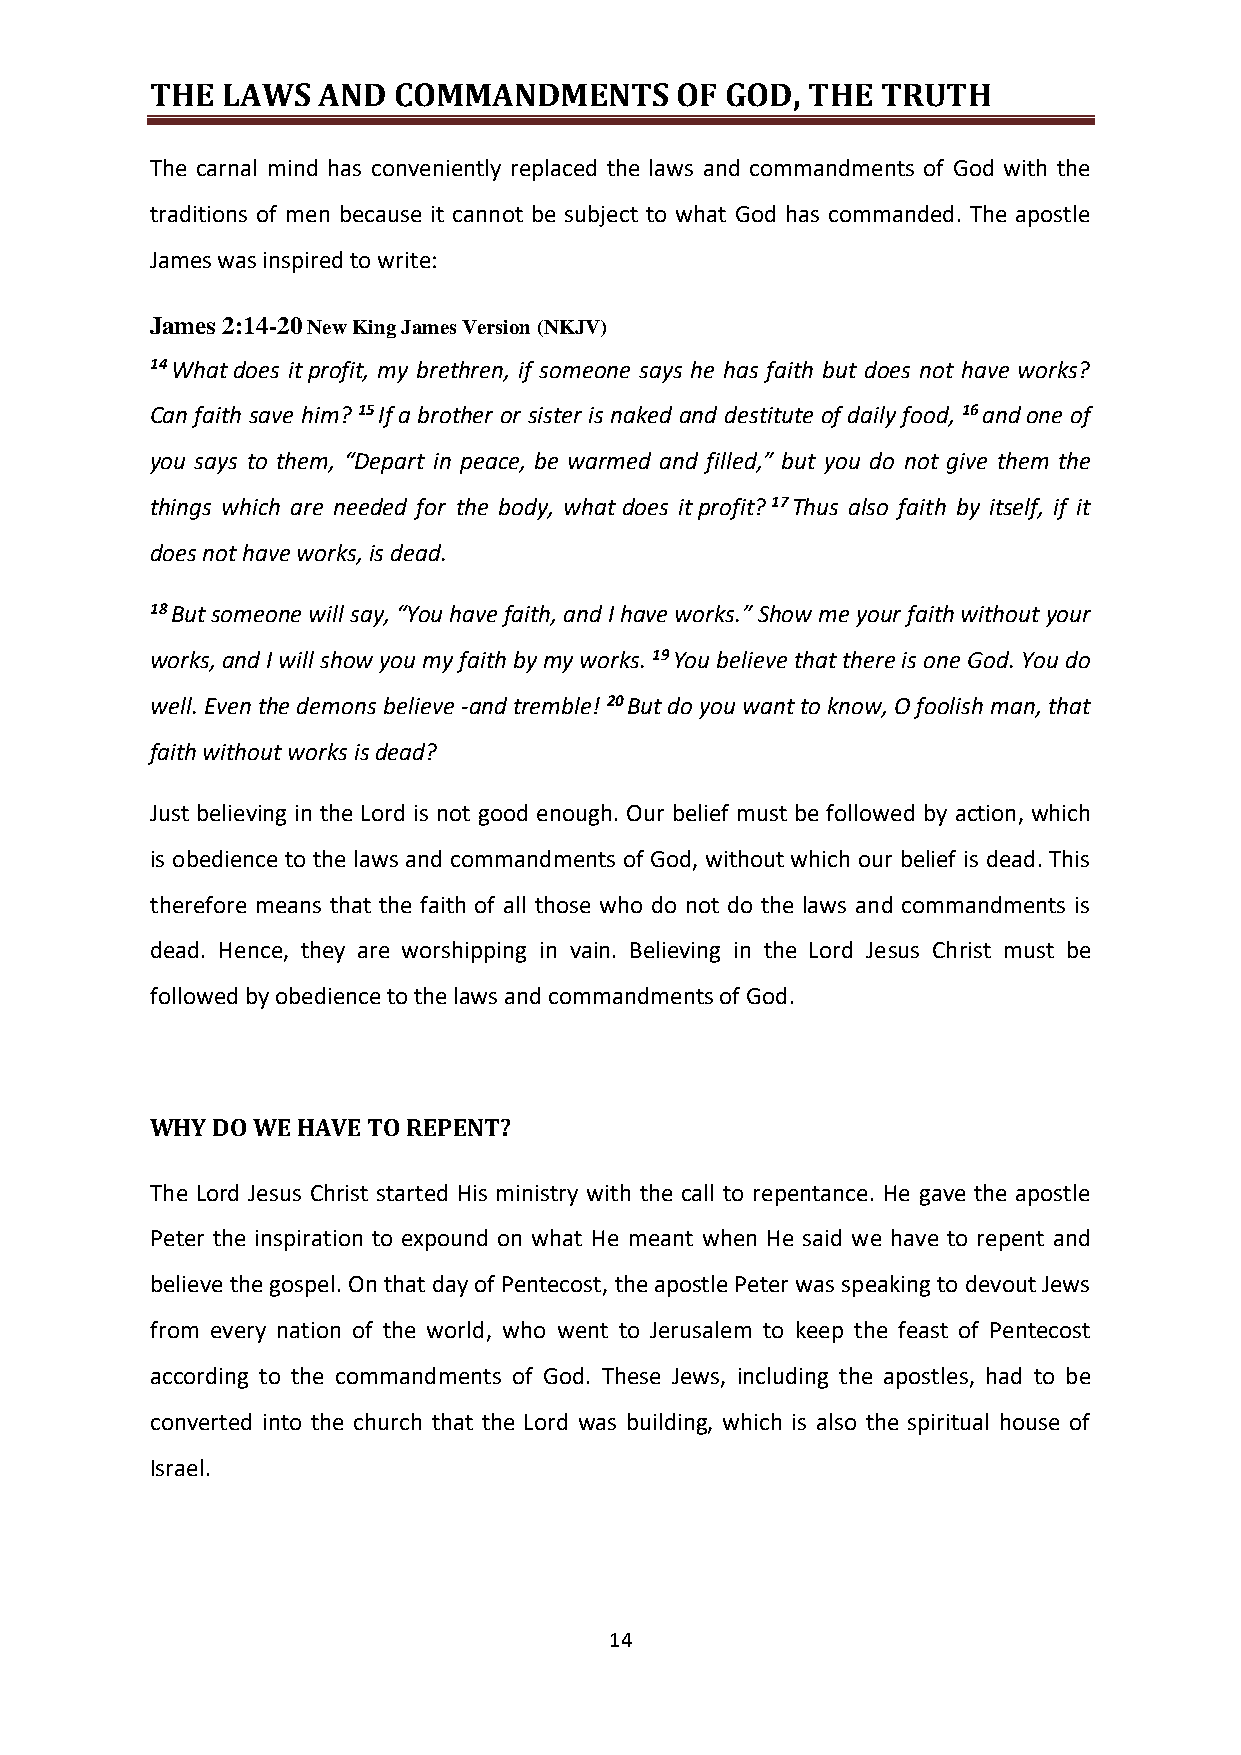
THE  LAWS  AND  COMMANDMENTS       OF GOD, THE  TRUTH
 The carnal mind has conveniently replaced the laws and commandments of God with the
 traditions of men because it cannot be subject to what God has commanded. The apostle
 James was inspired to write:
 James 2:14-20 New King James Version (NKJV)
 14 What does it profit, my brethren, if someone says he has faith but does not have works?
 Can faith save him? 15 If a brother or sister is naked and destitute of daily food, 16 and one of
 you says to them, “Depart in peace, be warmed and filled,” but you do not give them the
 things which are needed for the body, what does it profit? 17 Thus also faith by itself, if it
 does not have works, is dead.
 18 But someone will say, “You have faith, and I have works.” Show me your faith without your
 works, and I will show you my faith by my works. 19 You believe that there is one God. You do
 well. Even the demons believe -and tremble! 20 But do you want to know, O foolish man, that
 faith without works is dead?
 Just believing in the Lord is not good enough. Our belief must be followed by action, which
 is obedience to the laws and commandments of God, without which our belief is dead. This
 therefore means that the faith of all those who do not do the laws and commandments is
 dead. Hence, they are worshipping in vain. Believing in the Lord Jesus Christ must be
 followed by obedience to the laws and commandments of God.
 WHY DO WE HAVE TO REPENT?
 The Lord Jesus Christ started His ministry with the call to repentance. He gave the apostle
 Peter the inspiration to expound on what He meant when He said we have to repent and
 believe the gospel. On that day of Pentecost, the apostle Peter was speaking to devout Jews
 from every nation of the world, who went to Jerusalem to keep the feast of Pentecost
 according to the commandments of God. These Jews, including the apostles, had to be
 converted into the church that the Lord was building, which is also the spiritual house of
 Israel.
 14